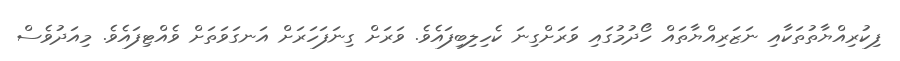
ފިކުރިއްޔާތުތަކާއި ނަޒަރިއްޔާތައް ހޯދުމުގައި ވަރަށްގިނަ ކެހިލިބިފައެވެ. ވަރަށް ގިނަފަހަރަށް އަނގަވަތަށް ވެއްޓިފައެވެ. މިއަދުވެސް